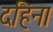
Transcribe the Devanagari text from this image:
दहिना